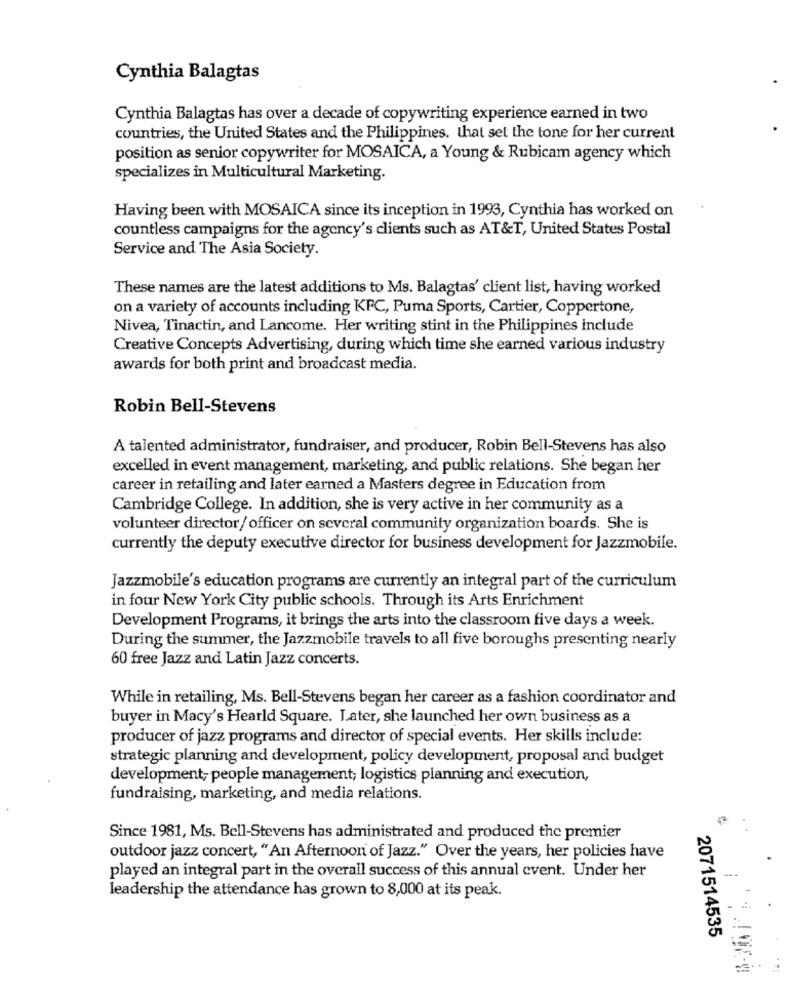
Cynthia Balagtas
Cynthia Balagtas has over a decade of copywriting experience earned in two
countries, the United States and the Philippines. that set the tone for her current
position as senior copywriter for MOSAICA, a Young & Rubicam agency which
specializes in Multicultural Marketing.
Having been with MOSAICA since its inception in 1993, Cynthia has worked on
countless campaigns for the agency's clients such as AT&T, United States Postal
Service and The Asia Society.
These names are the latest additions to Ms. Balagtas' client list, having worked
on a variety of accounts including KFC, Puma Sports, Cartier, Coppertone,
Nivea, Tinactin, and Lancome. Her writing stint in the Philippines include
Creative Concepts Advertising, during which time she earned various industry
awards for both print and broadcast media.
Robin Bell-Stevens
A talented administrator, fundraiser, and producer, Robin Bell-Stevens has also
excelled in event management, marketing, and public relations. She began her
career in retailing and later earned a Masters degree in Education from
Cambridge College. In addition, she is very active in her community as a
volunteer director/ officer on several community organization boards. She is
currently the deputy executive director for business development for Jazzmobile.
Jazzmobile's education programs are currently an integral part of the curriculum
in four New York City public schools. Through its Arts Enrichment
Development Programs, it brings the arts into the classroom five days a week.
During the summer, the Jazzmobile travels to all five boroughs presenting nearly
60 free Jazz and Latin Jazz concerts.
While in retailing, Ms. Bell-Stevens began her career as a fashion coordinator and
buyer in Macy's Hearld Square. Later, she launched her own business as a
producer of jazz programs and director of special events. Her skills include:
strategic planning and development, policy development, proposal and budget
development; people management; logistics planning and execution,
fundraising, marketing, and media relations.
Since 1981, Ms. Bell-Stevens has administrated and produced the premier
outdoor jazz concert, "An Afternoon of Jazz." Over the years, her policies have
played an integral part in the overall success of this annual event. Under her
leadership the attendance has grown to 8,000 at its peak.
2071514535